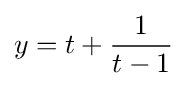
y=t+{\frac {1}{t-1}}